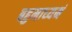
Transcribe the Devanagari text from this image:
बहुमाध्‍यमं